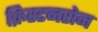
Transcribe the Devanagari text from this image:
क्रिस्टनसेन